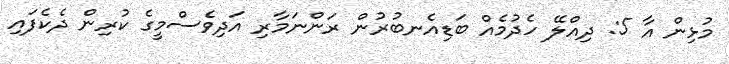
މުޅިން އާ 5: ދިއްލޭ ހެދުމެއް ބަޑިއެނބުރުން ރަންނަމާރި އަދިވެސްމީގެ ކުރިން ދެކެފައި